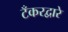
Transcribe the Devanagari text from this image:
टँकरद्वारे